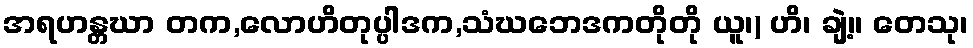
အရဟန္တဃာ တက,လောဟိတုပ္ပါဒက,သံဃဘေဒကတိုတို ယူ၊) ဟိ၊ ချဲ့။ တေသု၊